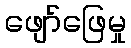
ဖျော်ဖြေမှု